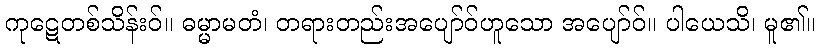
ကုဋေတစ်သိန်းဝ်။ ဓမ္မာမတံ၊ တရားတည်းအပျော်ဝ်ဟူသော အပျော်ဝ်။ ပါယေသိ၊ မူ၏။